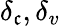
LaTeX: \delta_{\mathfrak{c}},\delta_{v}